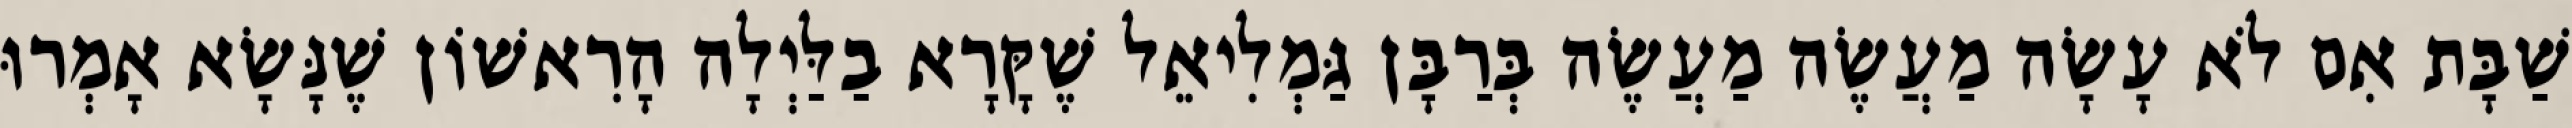
שַׁבָּת אִם לֹא עָשָׂה מַעֲשֶׂה מַעֲשֶׂה בְּרַבָּן גַּמְלִיאֵל שֶׁקָּרָא בַלַּיְלָה הָרִאשׁוֹן שֶׁנָּשָׂא אָמְרוּ